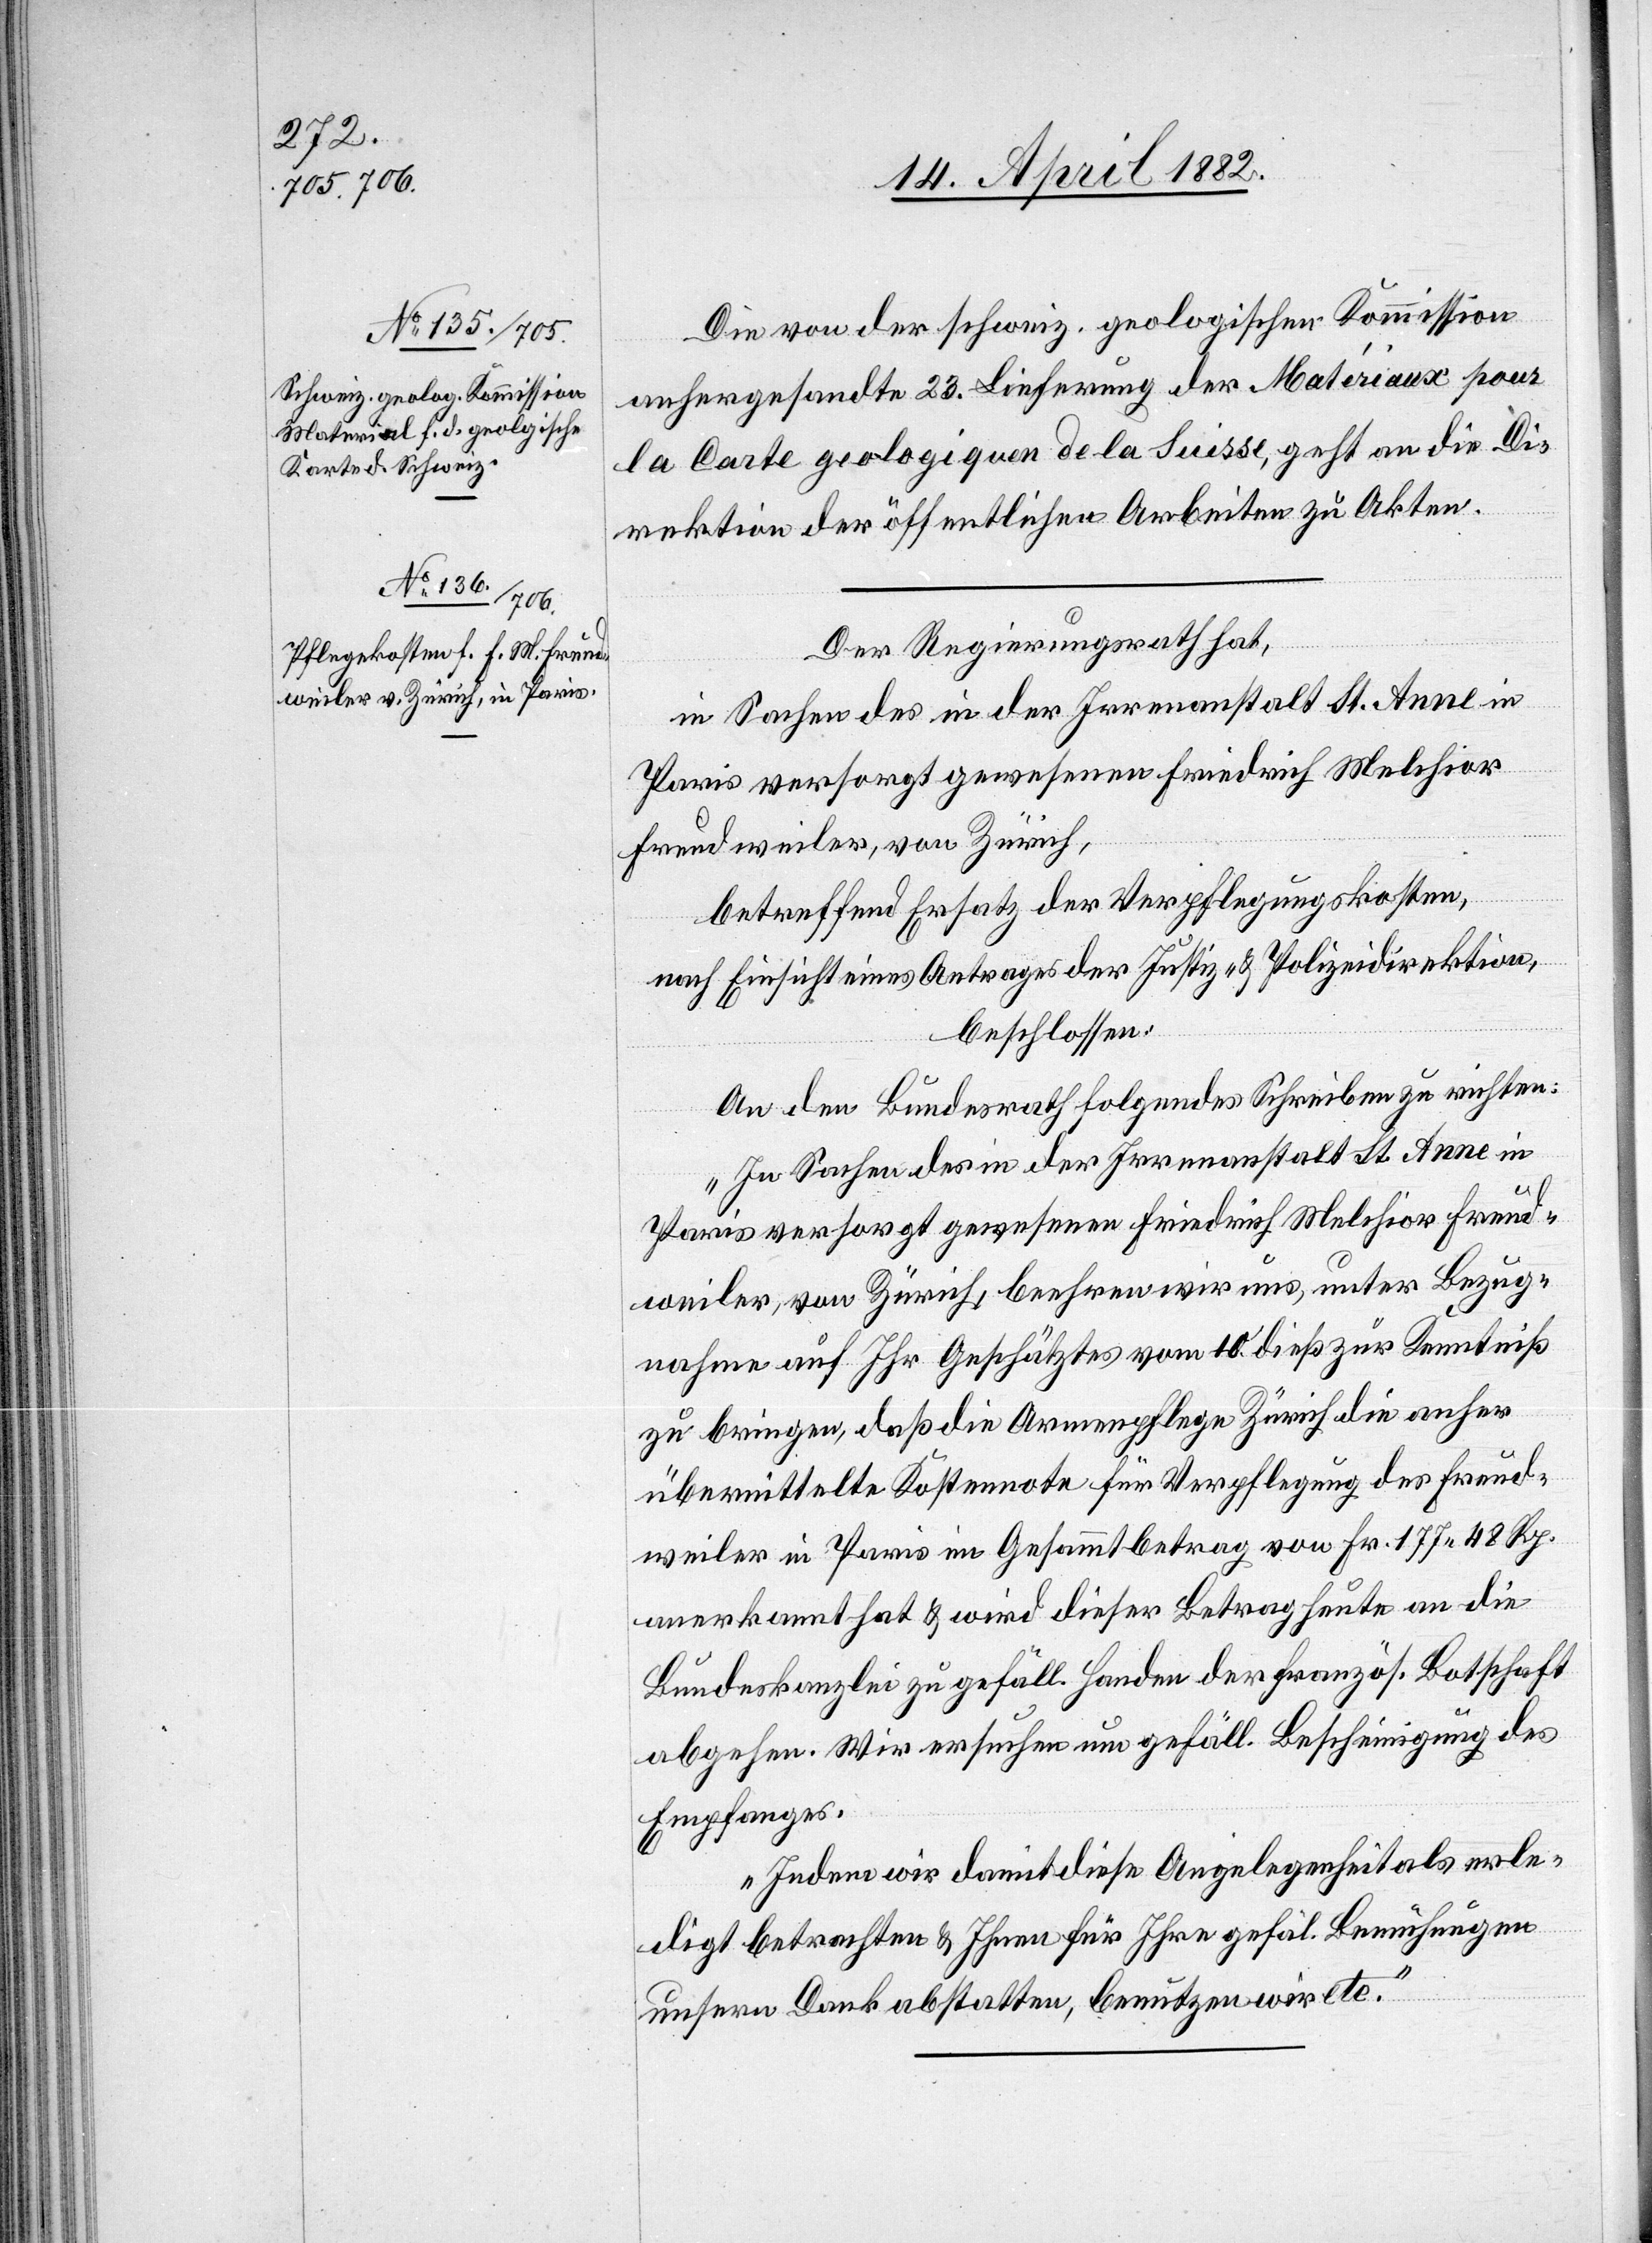
15. April 1882.]
Die von der schweiz. geologischen Kommission
anhergesandte 23. Lieferung der Matériaux pour
la Carte geologiquen [sic!] de la Suisse, geht an die Di¬
rektion der öffentlichen Arbeiten zu Akten.
Der Regierungsrath hat,
in Sachen des in der Irrenanstalt St. Anne in
Paris versorgt gewesenen Friedrich Melchior
Freudweiler, von Zürich,
betreffend Ersatz der Verpflegungskosten,
nach Einsicht eines Antrages der Justiz- & Polizeidirektion,
beschlossen:
An den Bundesrath folgendes Schreiben zu richten:
„In Sachen des in der Irrenanstalt St. Anne in
Paris versorgt gewesenen Friedrich Melchior Freud¬
weiler, von Zürich, beehren wir uns, unter Bezug¬
nahme auf Ihr Geschätztes vom 10. dieß zur Kenntniß
zu bringen, daß die Armenpflege Zürich die anher
übermittelte Kostennote für Verpflegung des Freud¬
weiler in Paris im Gesammtbetrag von Fr. 177 48 Rp.
anerkannt hat & wird dieser Betrag heute an die
Bundeskanzlei zu gefäll. Handen der französ. Botschaft
abgehen. Wir ersuchen um gefäll. Bescheinigung des
Empfanges.
Indem wir damit diese Angelegenheit als erle¬
digt betrachten & Ihnen für Ihre gefäl. Bemühungen
unsern Dank abstatten, benutzen wir etc.“